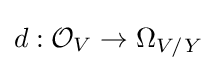
d:{\mathcal {O}}_{V}\to \Omega _{V/Y}